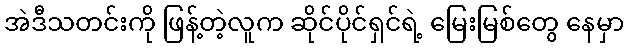
အဲဒီသတင်းကို ဖြန့်တဲ့လူက ဆိုင်ပိုင်ရှင်ရဲ့ မြေးမြစ်တွေ နေမှာ